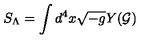
S _ { \Lambda } = \int d ^ { 4 } x \sqrt { - g } Y ( \cal G )